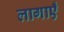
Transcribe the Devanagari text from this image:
लागाएँ